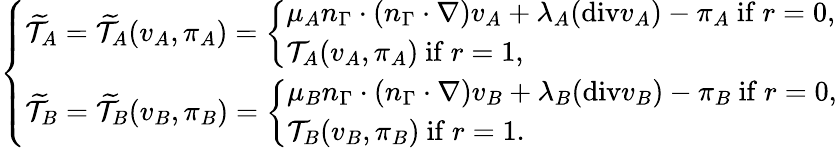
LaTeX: \left\{ \begin{array}{ll}{\widetilde{\mathcal{T}}_{A}=\widetilde{\mathcal{T}}_{A}(v_{A},\pi_{A})=\left\{ \begin{array}{ll}{\mu_{A}n_{\Gamma}\cdot(n_{\Gamma}\cdot\nabla)v_{A}+\lambda_{A}(\mathrm{{div}}v_{A})-\pi_{A}\mathrm{~if~}r=0,}\\ {\mathcal{T}_{A}(v_{A},\pi_{A})\mathrm{~if~}r=1,}\end{array}\right.}\\ {\widetilde{\mathcal{T}}_{B}=\widetilde{\mathcal{T}}_{B}(v_{B},\pi_{B})=\left\{ \begin{array}{ll}{\mu_{B}n_{\Gamma}\cdot(n_{\Gamma}\cdot\nabla)v_{B}+\lambda_{B}({\mathrm{div}}v_{B})-\pi_{B}\mathrm{~if~}r=0,}\\ {\mathcal{T}_{B}(v_{B},\pi_{B})\mathrm{~if~}r=1.}\end{array}\right.}\end{array}\right.